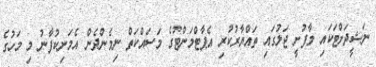
ނަޝީދަށްޓަކައި މާފުށީ ޖަލުގައި ތައްޔާރުކުރި އެޕާޓްމަންޓުގެ މަސައްކަތް ނިމެންދެން އެމަނިކުފާނު މި މަހުގެ